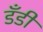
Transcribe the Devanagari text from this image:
डँडी